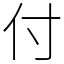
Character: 付